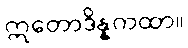
ဣတောဒိန္နကထာ။